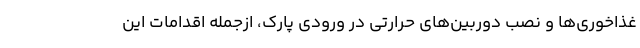
غذاخوری‌ها و نصب دوربین‌های حرارتی در ورودی پارک، ازجمله اقدامات این